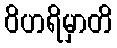
ဝိဟရိမှာတိ